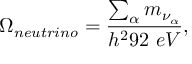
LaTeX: \Omega _ { n e u t r i n o } = { \frac { \sum _ { \alpha } m _ { \nu _ { \alpha } } } { h ^ { 2 } 9 2 \ e V } } ,